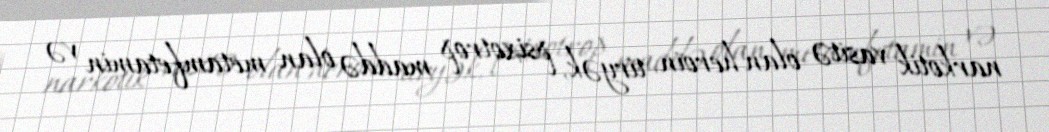
narkotik vasitə olan heroin, tiryək, psixotrop maddə olan metamfetamin və